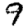
Digit: 9